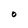
Character: 0